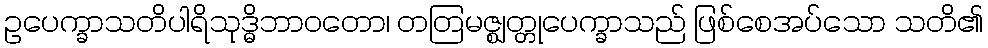
ဥပေက္ခာသတိပါရိသုဒ္ဓိဘာဝတော၊ တတြမဇ္ဈတ္တုပေက္ခာသည် ဖြစ်စေအပ်သော သတိ၏